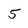
Character: 5